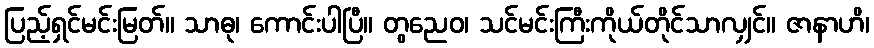
ပြည့်ရှင်မင်းမြတ်။ သာဓု၊ ကောင်းပါပြီ။ တွညေဝ၊ သင်မင်းကြီးကိုယ်တိုင်သာလျှင်။ ဇာနာဟိ၊